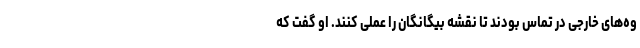
وه‌های خارجی در تماس بودند تا نقشه بیگانگان را عملی کنند. او گفت که